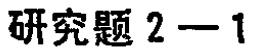
研究题 2 - 1